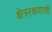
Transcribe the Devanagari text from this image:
क्षेत्ररक्षणाची